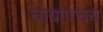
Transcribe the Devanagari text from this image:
चायापचय